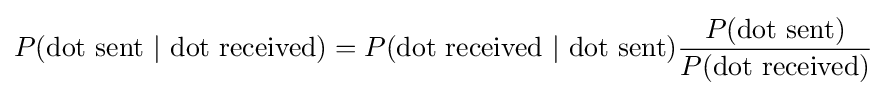
P({\text{dot sent }}|{\text{ dot received}})=P({\text{dot received }}|{\text{ dot sent}}){\frac {P({\text{dot sent}})}{P({\text{dot received}})}}